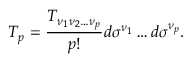
T _ { p } = { \frac { T _ { \nu _ { 1 } \nu _ { 2 } \ldots \nu _ { p } } } { p ! } } d \sigma ^ { \nu _ { 1 } } \ldots d \sigma ^ { \nu _ { p } } .